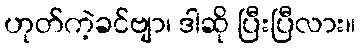
ဟုတ်ကဲ့ခင်ဗျာ၊ ဒါဆို ပြီးပြီလား။